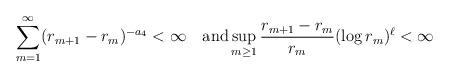
LaTeX: \begin{align*}\sum_{m=1}^{\infty}(r_{m+1}-r_m)^{-a_4}<\infty \quad\textrm{and} \sup_{m\geq 1}\frac{r_{m+1}-r_m}{r_m}(\log r_m)^\ell <\infty\end{align*}